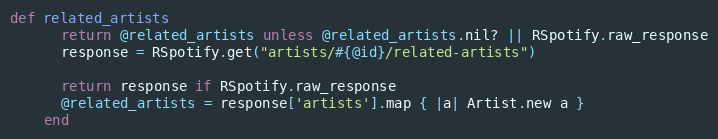
Language: Ruby
def related_artists
      return @related_artists unless @related_artists.nil? || RSpotify.raw_response
      response = RSpotify.get("artists/#{@id}/related-artists")

      return response if RSpotify.raw_response
      @related_artists = response['artists'].map { |a| Artist.new a }
    end